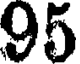
95